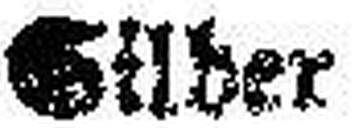
Silber